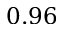
0 . 9 6